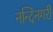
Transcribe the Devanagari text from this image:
नन्दिनगरी